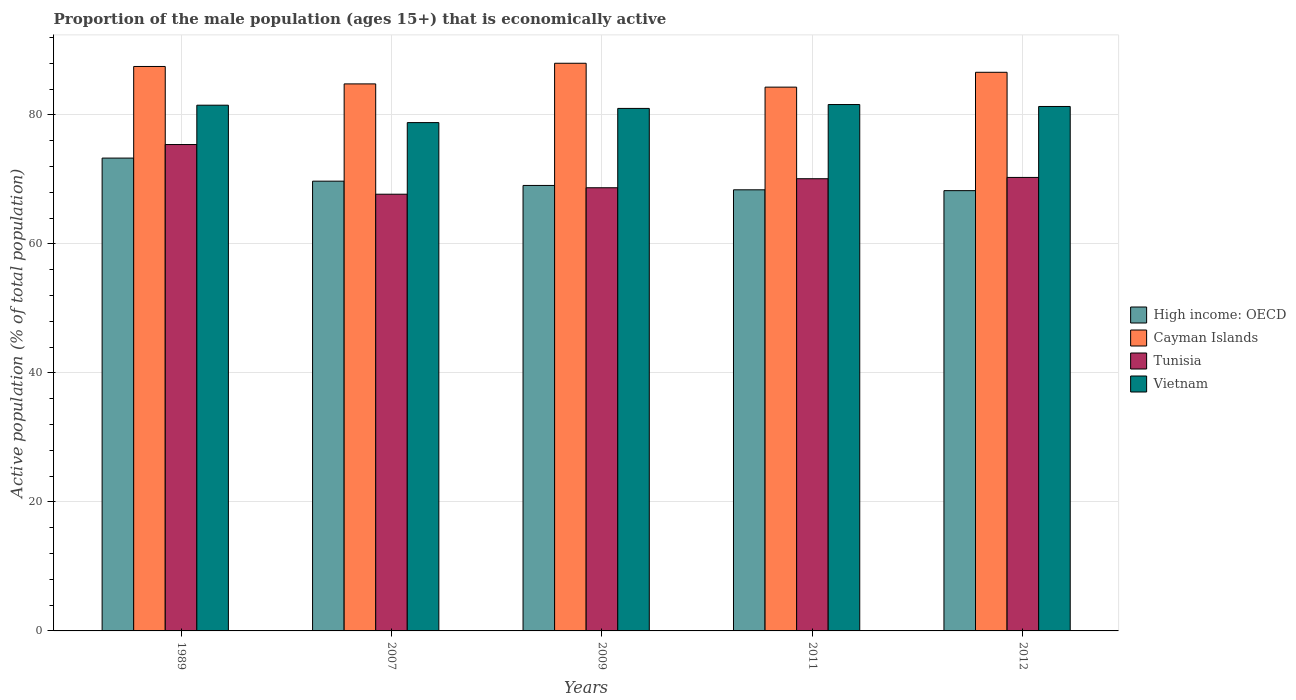
| Years | High income: OECD | Cayman Islands | Tunisia | Vietnam |
 | --- | --- | --- | --- | --- |
 | 1989 | 73.3 | 87.5 | 75.4 | 81.5 |
 | 2007 | 69.7 | 84.8 | 67.7 | 78.8 |
 | 2009 | 69.1 | 88 | 68.7 | 81 |
 | 2011 | 68.4 | 84.3 | 70.1 | 81.6 |
 | 2012 | 68.3 | 86.6 | 70.3 | 81.3 |